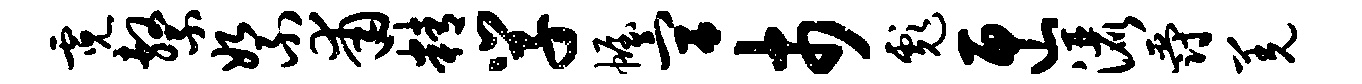
霓系絮甫精学幄宫市彪匣洒爵羌